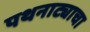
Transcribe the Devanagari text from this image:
पथनाट्याचा